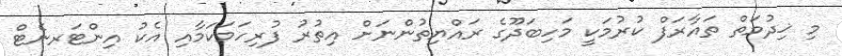
މި ޚިދުމަތް ތައާރަފް ކުރުމަކީ މަހިބަދޫގެ ރައްޔިތުންނަށް އިތުރު ފުރިހަމަކަމާއި އެކު އިންޓަރނެޓް